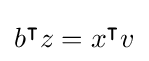
b^{\intercal }z=x^{\intercal }v